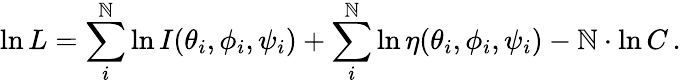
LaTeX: \ln{L}=\sum_{i}^{\mathbb{N}}\ln{I(\theta_{i},\phi_{i},\psi_{i})}+\sum_{i}^{\mathbb{N}}\ln{\eta(\theta_{i},\phi_{i},\psi_{i})}-\mathbb{N}\cdot\ln{C}\, .